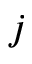
j